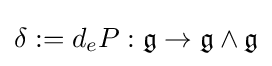
{\textstyle \delta :=d_{e}P:{\mathfrak {g}}\to {\mathfrak {g}}\wedge {\mathfrak {g}}}